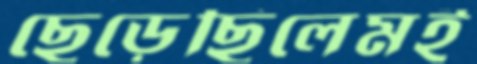
ছেড়েছিলেমই